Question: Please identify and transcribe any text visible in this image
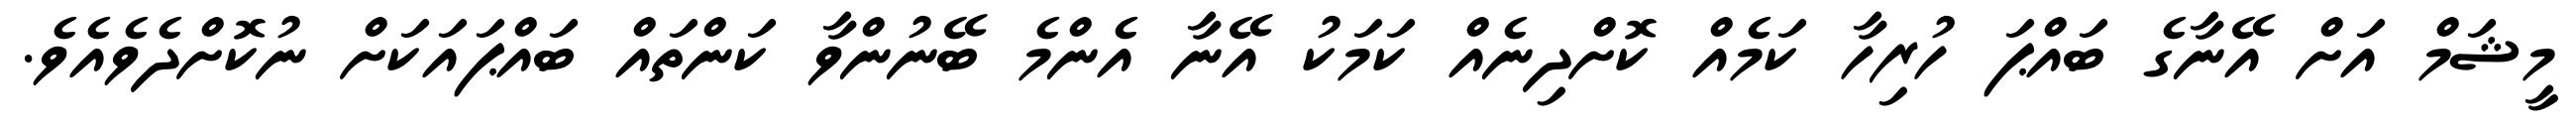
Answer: މީޝަމް އަށް އޭނާގެ ބައްޕަ ހުރިހާ ކަމެއް ކޮށްދިނެއް ކަމަކު އޭނާ އެންމެ ބޭނުންވާ ކަންތައް ބައްޕައަކަށް ނުކޮށްދެވެއެވެ.